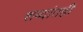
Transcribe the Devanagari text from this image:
शब्दांतही